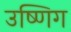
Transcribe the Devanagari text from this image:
उष्णिग